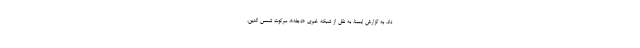
داد. به گزارش ایسنا، به نقل از شبکه خبری «دجله»، سرکوت شمس الدین،